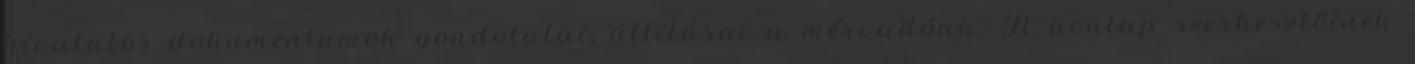
hivatalos dokumentumok gondolatai, állításai a mérvadóak. A honlap szerkesztőinek